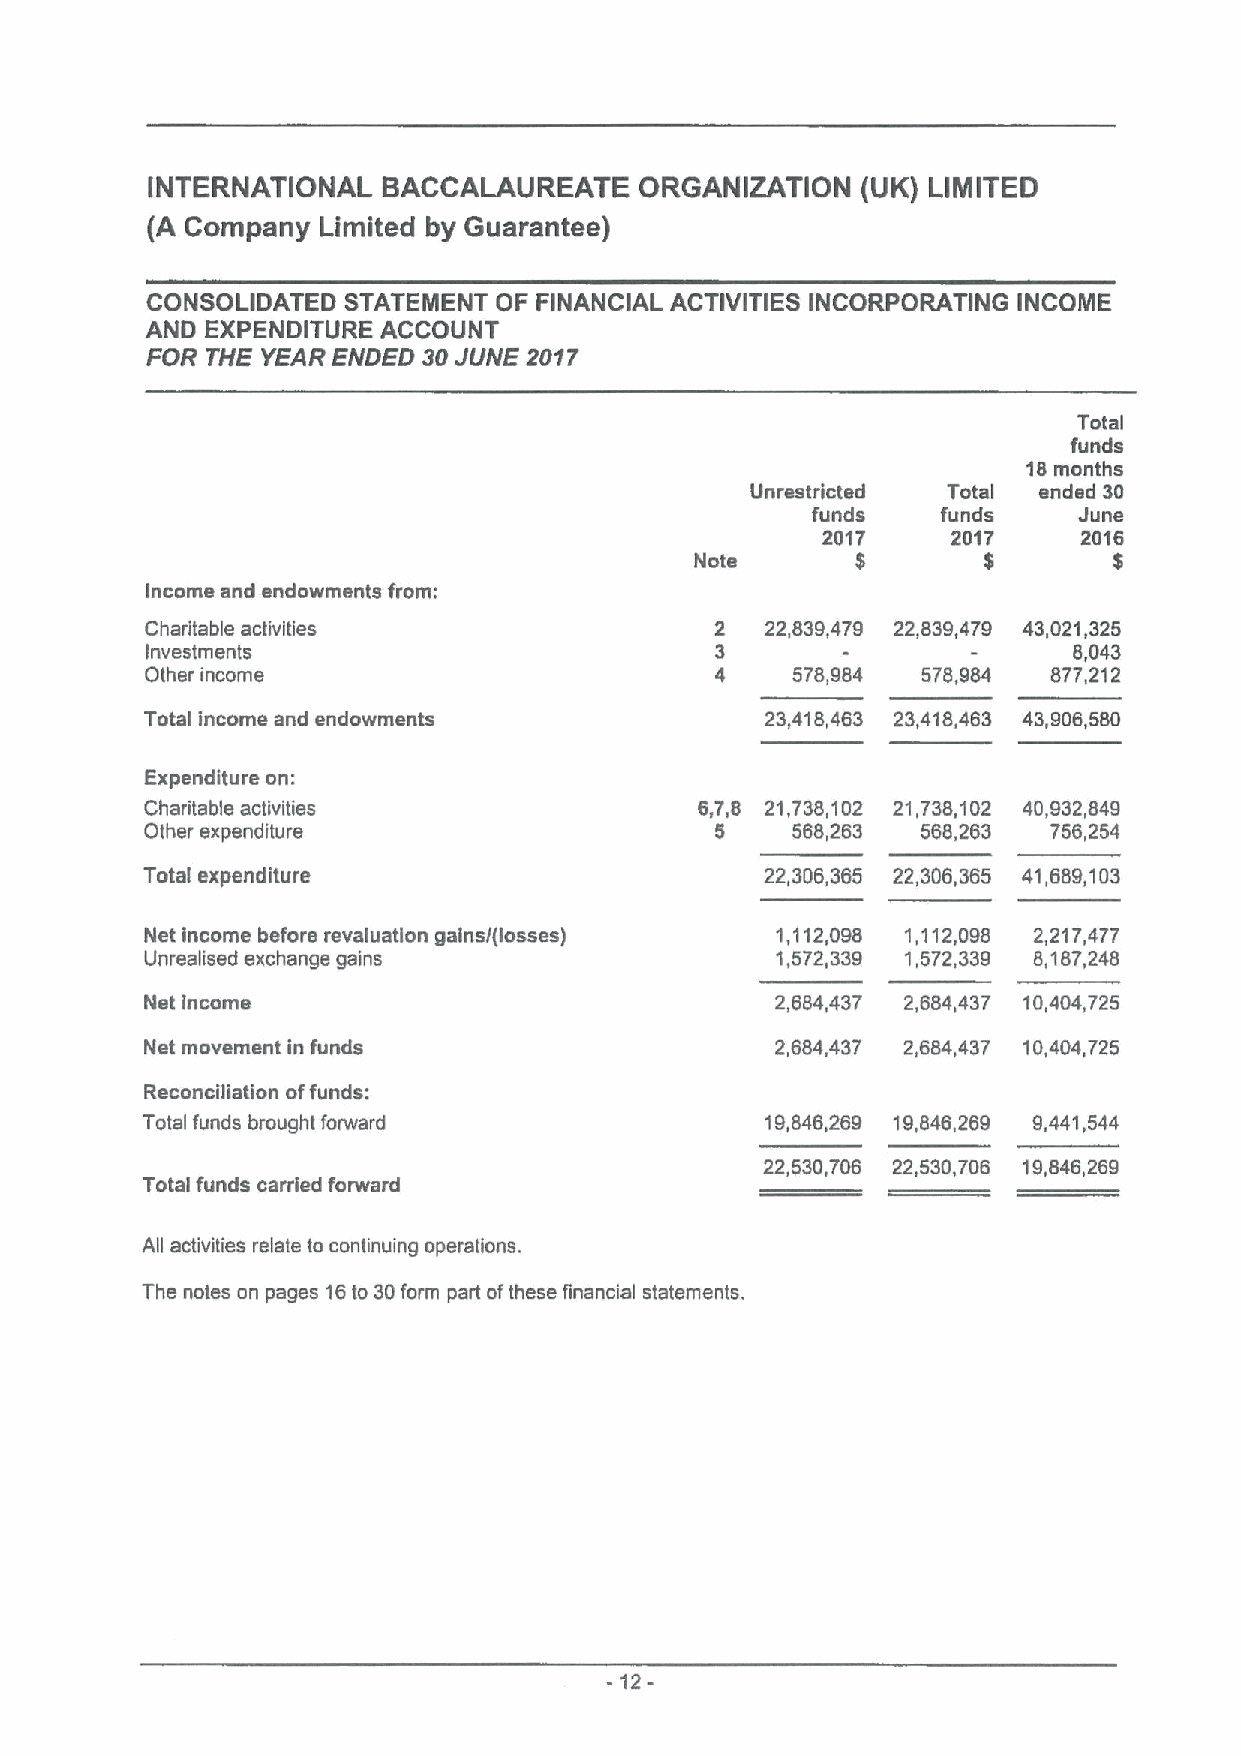
INTERNATIONAL  BACCALAUREATE    ORGANIZATION   (UK) LIMITED
 (A Company Limited by Guarantee)
 CONSOLIDATED STATEMENT OF FINANCIAL ACTIVITIES INCORPORATING INCOME
 AND EXPENDITURE ACCOUNT
 FOR THE YEAR ENDED 30JUNE 2017
 Total
 funds
 18months
 Unrestricted Total ended 30
 funds   funds    June
 2017     2017     2016
 Note       3
 Income and endowments from:
 Charitable activities                2   22,839,479 22,839,479 43,021,325
 Investments                          3                       8,043
 Other income                         4    578,984  578,984  877,212
 Total income and endowments              23,418,463 23,418,463 43,906,580
 Expenditure on:
 Charitable activities               6,7,8 21,738,102 21,738,102 40,932,849
 Other expenditure                    5    568,263  568,263  756,254
 Total expenditure                         22,306,365 22,306,365 41,689,103
 Net income before revaluation gains/(losses) 1,1112,098 1,112,098 2,217,477
 Unrealised exchange gains                1,572,339 1,572,339 8,187,248
 Net income                               2,884,437 2,684,437 10,404,725
 Net movement in funds                    2,884,437 2,684,437 10,404,725
 Reconciliation offunds:
 Total funds brought forward               19,846,269 19,846,269 9,441,544
 22,530,706 22,530,708 19,846,269
 Total funds carried forward
 All activities relate to continuing operations.
 The notes on pages 16to 30form part ofthese financial statements.
 12-